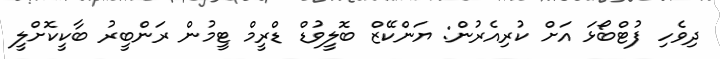
ދިވެހި ފުޓްބޯޅަ އަށް ކުރިއެރުން: ޔަންކޭޒް ބޮލީވުޑް ޑްރީމް ޓީމުން ރަންބީރު ބާކީކޮށްލީ